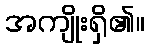
အကျိုးရှိ၏။